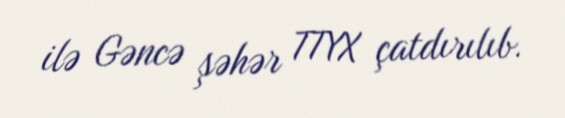
ilə Gəncə şəhər TTYX çatdırılıb.